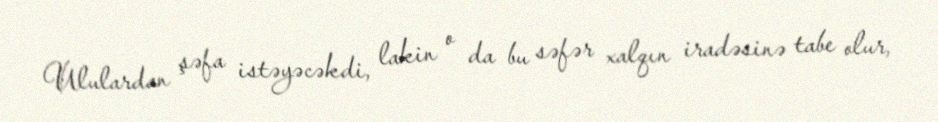
Ululardan şəfa istəyəcəkdi, lakin o da bu səfər xalqın iradəsinə tabe olur,